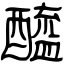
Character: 醯